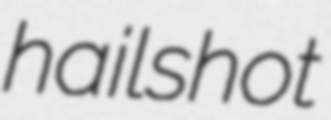
hailshot